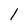
Character: 1